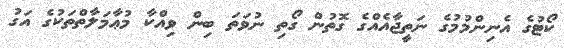
ކޯޓުގެ އެނިންމުމުގެ ނަތީޖާއެއްގެ ގޮތުން ގޯތި ނުވަތަ ބިން ވިއްކާ މުޢާމަލާތްތަކުގެ އަގު